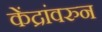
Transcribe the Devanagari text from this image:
केंद्रांवरुन